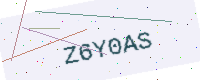
Text: Z6Y0AS